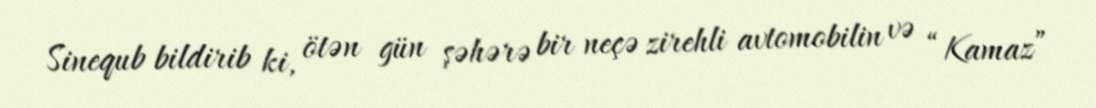
Sinequb bildirib ki, ötən gün şəhərə bir neçə zirehli avtomobilin və “Kamaz”